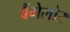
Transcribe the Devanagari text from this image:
बैंगेलोर